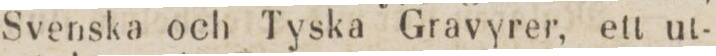
Svenska och Tyska Gravyrer, ett ut-